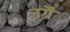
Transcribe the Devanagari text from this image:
उग्रै